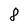
Character: 8